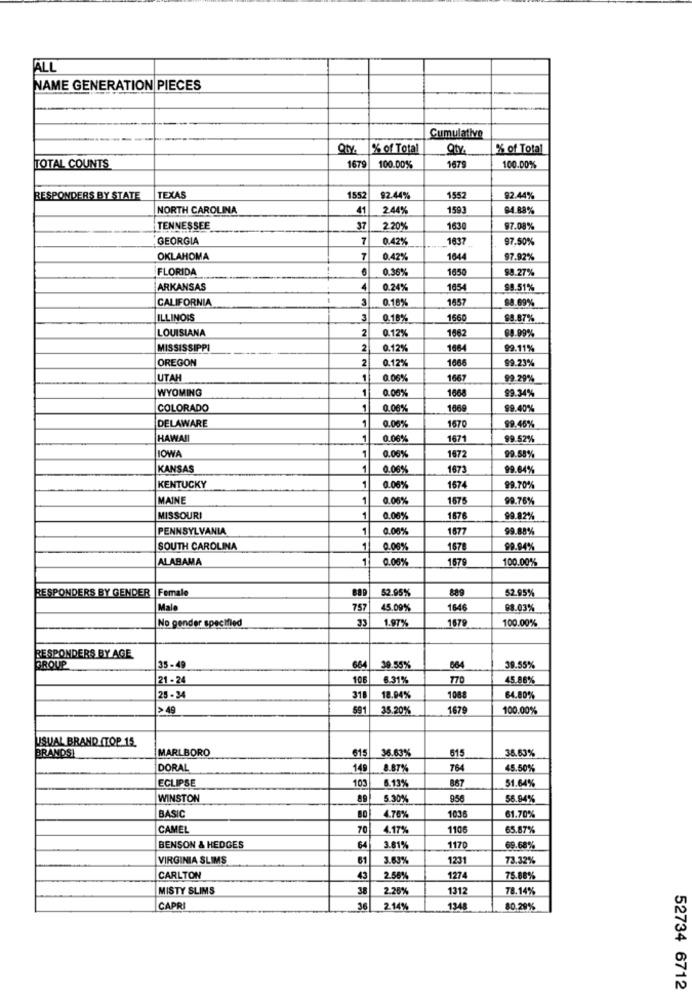
ALL
NAME GENERATION PIECES
Cumulative
90%
% of Total
Oty
% of Total
1679
1679
TOTAL COUNTS
100.00%
100.00%
RESPONDERS BY STATE
TEXAS
1552
92.44%
1552
92.44%
NORTH CAROLINA
41
2.44%
1593
94.88%
TENNESSEE
37
2.20%
1630
97.08%
GEORGIA
7
0.42%
1637
97.50%
OKLAHOMA
7
0.42%
1644
97.92%
FLORIDA
1
0.36%
1650
98.27%
ARKANSAS
4
0.24%
1654
99.51%
CALIFORNIA
0.18%
1657
98.69%
ILLINOIS
0.18%
1660
98.87%
LOUISIANA
2
0.12%
1662
89.99%
MISSISSIPPI
2
0.12%
1664
99.11%
OREGON
2
0.12%
1666
99.23%
UTAH
1
0.06%
1667
99.29%
WYOMING
1
0.06%
1668
99.34%
COLORADO
1
0.00%
1669
99.40%
DELAWARE
1
0.06%
1670
99.46%
HAWAII
1
0.06%
1671
99.52%
1
1672
OWA
0.06%
99.58%
KANSAS
1
0.06%
1673
99.64%
1
KENTUCKY
0.06%
167
99.70%
MAINE
1
0.06%
1675
99.76%
MISSOURI
1
0.06%
1676
99.82%
PENNSYLVANIA
0.06%
1677
99.88%
SOUTH CAROLINA
0.08%
167
99.94%
ALABAMA
1
0.00%
1679
100.00%
RESPONDERS BY GENDER |Female
52.95%
889
52.95%
Male
757
45.09%
1646
98.03%
No gender specified
33
1.97%
1679
100.00%
RESPONDERS BY AGE
GROUP
35 - 49
664
39.55%
664
39.55%
21 - 24
106
6.31%
770
45.88%
25- 34
318
18.94%
1068
64.80%
>49
591
35.20%
1679
100.00%
USUAL BRAND ITOP 15.
MARLBORO
615
36.63%
615
36.63%
BRANDS!
DORAL
149
8.87%
764
45.50%
ECLIPSE
103
867
51.64%
8.13%
WINSTON
5.30%
956
58.94%
BASIC
4.76%
1036
61.70%
CAMEL
70
4.17%
1106
65.87%
BENSON & HEDGES
64
3.81%
1170
69.68%
VIRGINIA SLIMS
61
3.63%
1231
73.32%
CARLTON
43
2.56%
1274
75.88%
MISTY SLIMS
38
2.26%
1312
78.14%
CAPRI
36
2.14%
1348
80.29%
52734 6712